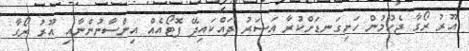
އޫރު ރޯގާ ޖެހުމުން ހަށިގަނޑަށްކުރާ އަސަރު ދައްކައިދޭ ފޮޓޯއެއް އިންސާނުންނާއި އޫރު ރޯގާ